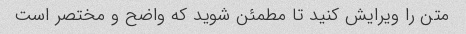
متن را ویرایش کنید تا مطمئن شوید که واضح و مختصر است